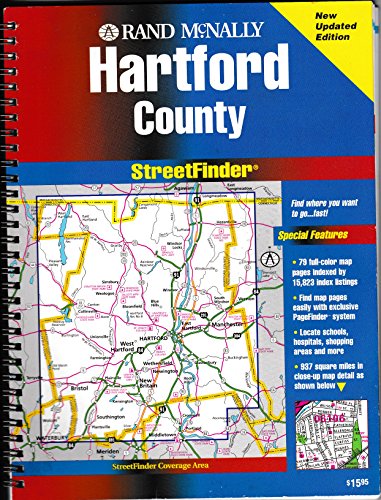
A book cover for Rand McNally Hartford: Streetfinder (Rand McNally Streetfinder); Rand McNally; Travel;